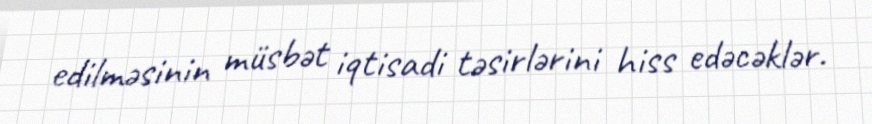
edilməsinin müsbət iqtisadi təsirlərini hiss edəcəklər.